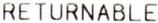
RETURNABLE